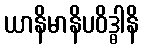
ယာနိမာနိပဝိဒ္ဓါနိ